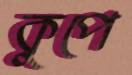
কুপে